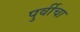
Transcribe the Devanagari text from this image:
पुर्वीचा